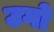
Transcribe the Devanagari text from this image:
उगो